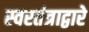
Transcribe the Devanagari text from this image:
स्वरतंत्राद्वारे